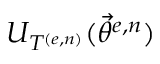
U _ { T ^ { ( e , n ) } } ( \vec { \theta } ^ { e , n } )